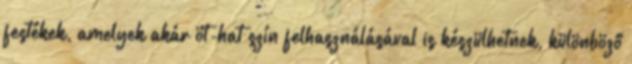
festékek, amelyek akár öt-hat szín felhasználásával is készülhetnek, különböző